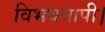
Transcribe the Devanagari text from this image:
विभवमापी।